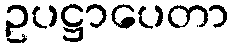
ဥပဋ္ဌာပေတာ